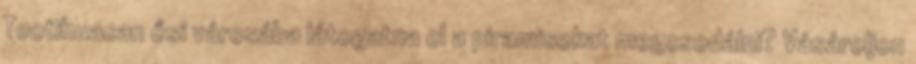
Teotihuacan ősi városába látogatna el a piramisokat megcsodálni? Vásároljon